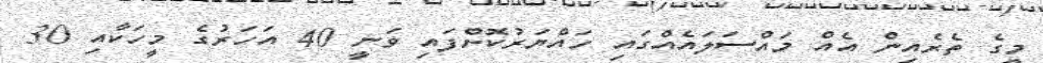
މީގެ ތެރެއިން އެއް މައްސަލައެއްގައި ހައްޔަރުކޮށްފައި ވަނީ 40 އަހަރުގެ މީހަކާއި 30